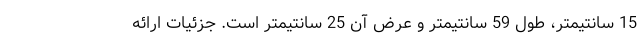
15 سانتیمتر، طول 59 سانتیمتر و عرض آن 25 سانتیمتر است. جزئیات ارائه